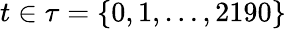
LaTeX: t\in\tau=\{ 0,1,\dots,2190\}